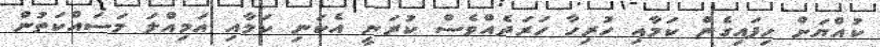
ކުއްޔަށް ހިފައިގެން ކަމާއި ހުރިހާ ހަރަދެއްވެސް ކުރަނީ އެކަނި ކަމާއި އަމިއްލަ މަސައްކަތުން